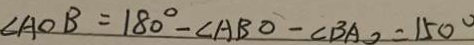
\angle A O B = 1 8 0 ^ { \circ } - \angle A B O - \angle B A O = 1 5 0 ^ { \circ }